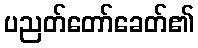
ပညတ်တော်ခေတ်၏